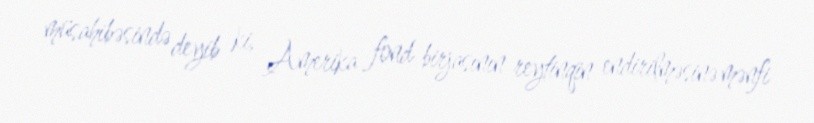
müsahibəsində deyib ki, Amerika fond birjasının reytinqin endirilməsinə mənfi